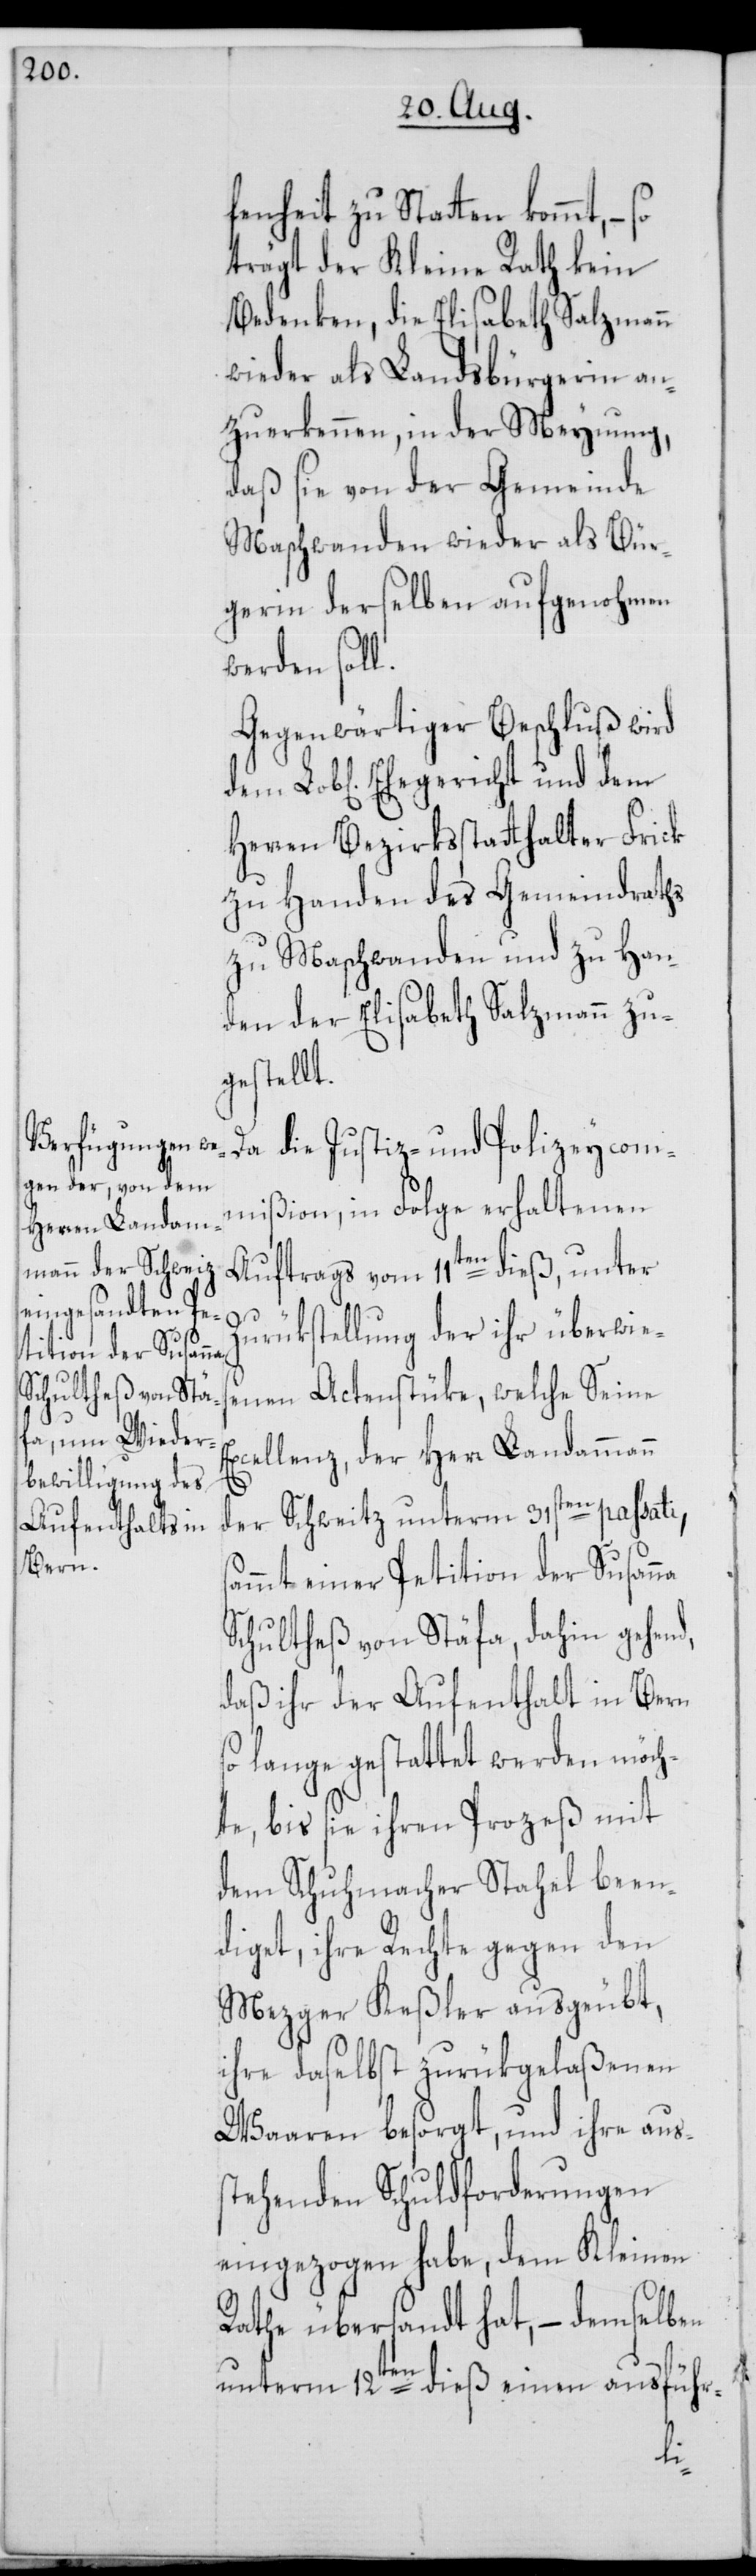
fenheit zu Statten kommt, –
trägt der Kleine Rath kein
Bedenken, die Elisabeth Salzmann
wieder als Landsbürgerin an¬
zuerkennen, in der Meynung,
daß sie von der Gemeinde
Maschwanden wieder als Bür¬
gerin derselben aufgenohmen
werden soll.
Gegenwärtiger Beschluß wird
Ehegericht und dem
Herren Bezirksstatthalter Frick
zu Handen des Gemeindraths
zu Maschwanden und zu Han¬
den der Elisabeth Salzmann zu¬
gestellt.
Da die Justiz- und Polizeycom¬
mißion, in Folge erhaltenen
Auftrags vom 11ten dieß, unter
Zurükstellung der ihr überwies¬
enen Actenstücke, welche Seine
Excellenz, der Herr Landammann
der Schweitz unterm 31sten passati,
sammt einer Petition der Susanna
Schultheß von Stäfa, dahin gehend,
daß ihr der Aufenthalt in Bern
so lange gestattet werden möch¬
te, bis sie ihren Prozeß mit
dem Schuhmacher Stahel been¬
diget, ihre Rechte gegen den
Mezger Keßler ausgeübt,
ihre daselbst zurükgelaßenen
Waaren besorgt, und ihre aus¬
stehenden Schuldforderungen
eingezogen habe, dem Kleinen
Rathe übersandt hat, – demselben
unterm 12ten dieß einen ausführ-